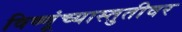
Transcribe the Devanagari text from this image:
विष्णूंच्यास्तुतीवर